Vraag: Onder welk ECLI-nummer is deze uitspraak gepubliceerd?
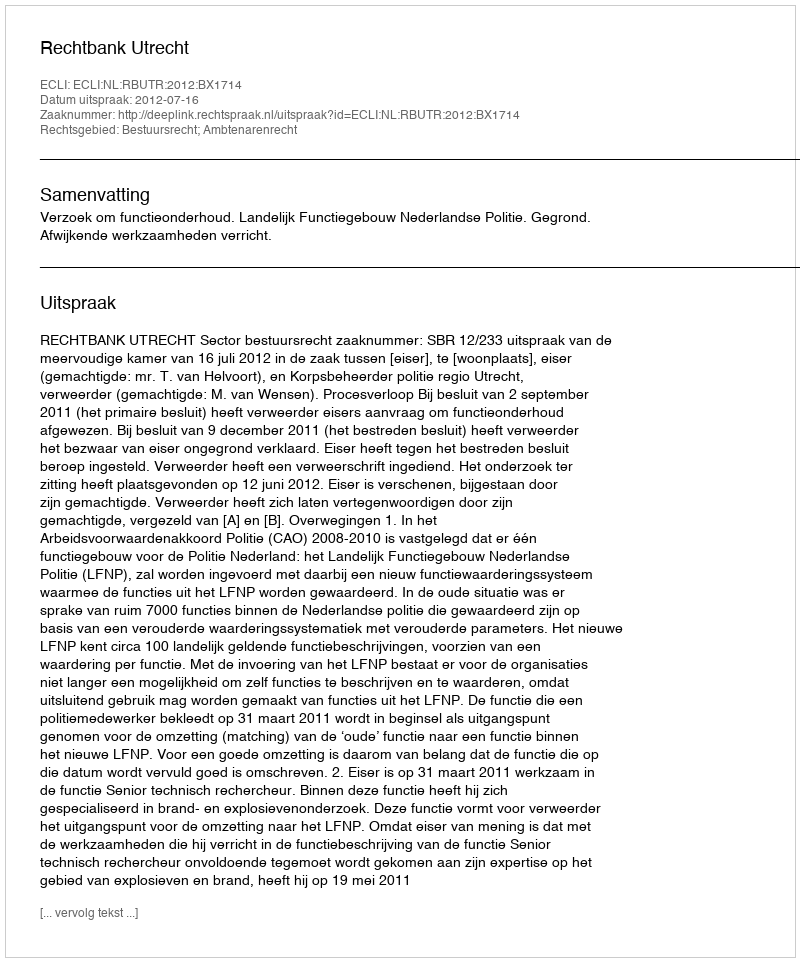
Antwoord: ECLI:NL:RBUTR:2012:BX1714